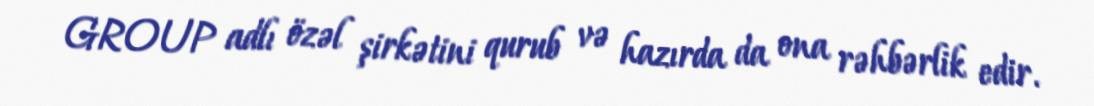
GROUP adlı özəl şirkətini qurub və hazırda da ona rəhbərlik edir.